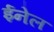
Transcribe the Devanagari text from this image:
ईनेल